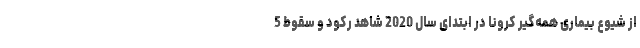
از شیوع بیماری همه‌گیر کرونا در ابتدای سال 2020 شاهد رکود و سقوط 5